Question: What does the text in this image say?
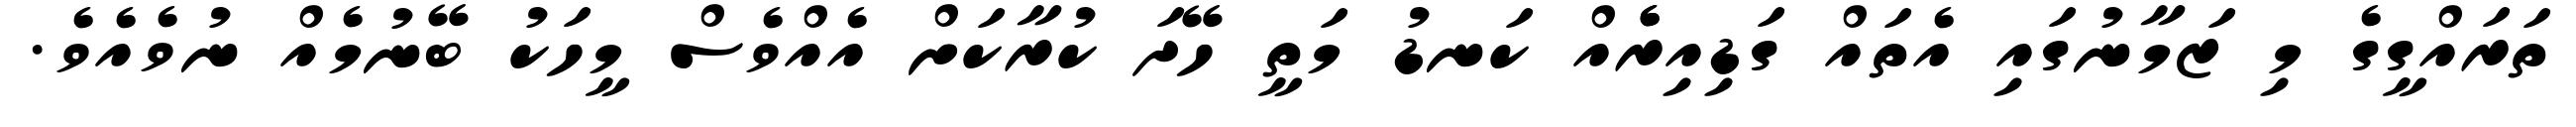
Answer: ތަރައްގީގެ މި ޒަމާނުގައި އެތައް ގަޑިއިރެެއް ކަނޑު މަތީ ހޭދަ ކުރާކަށް އެއްވެސް މީހަކު ބޭނުމެއް ނުވެއެވެ.